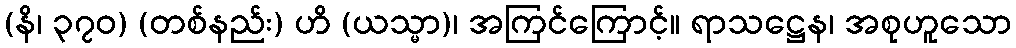
(နိ၊ ၃၇၀) (တစ်နည်း) ဟိ (ယသ္မာ)၊ အကြင်ကြောင့်။ ရာသဋ္ဌေန၊ အစုဟူသော